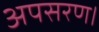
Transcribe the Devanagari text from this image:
अपसरण।